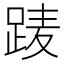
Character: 𨀱